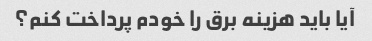
آیا باید هزینه برق را خودم پرداخت کنم؟